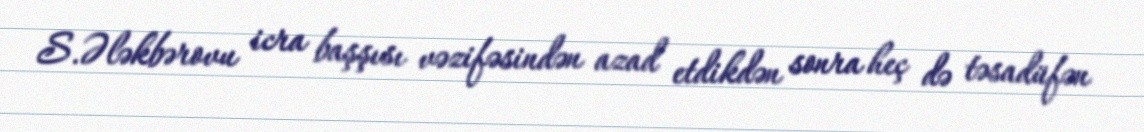
S.Ələkbərovu icra başşısı vəzifəsindən azad etdikdən sonra heç də təsadüfən